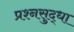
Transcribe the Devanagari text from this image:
प्रश्नसुद्धा